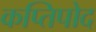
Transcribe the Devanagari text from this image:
कप्तिपोद